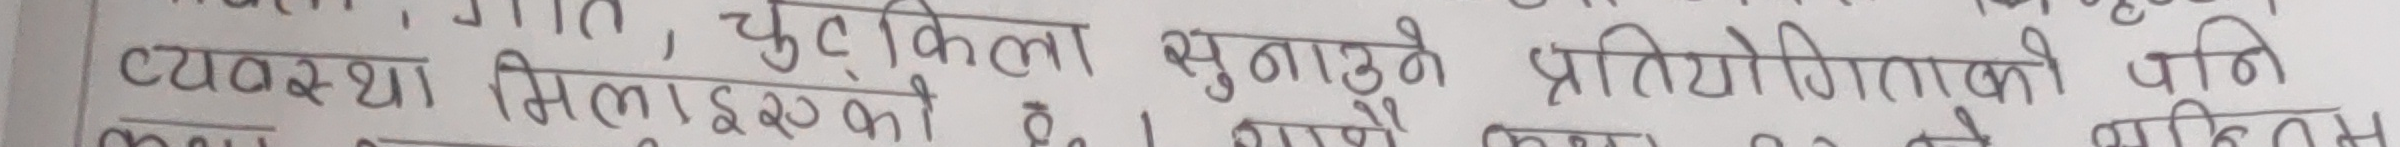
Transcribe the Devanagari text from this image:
व्यवस्था मिलाइएको , चुट्किला सुनाउने प्रतियोगिताको पनि
भने, अगाडि भाग लिन सक्दैनौँ ।